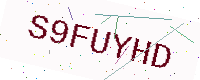
Text: S9FUYHD